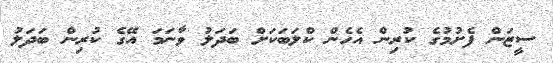
ސީޒަން ފެށުމުގެ ކުރިން އެހެން ކްލަބަކަށް ބަދަލު ވާނަމަ އޭގެ ކުރިން ބަދަލު